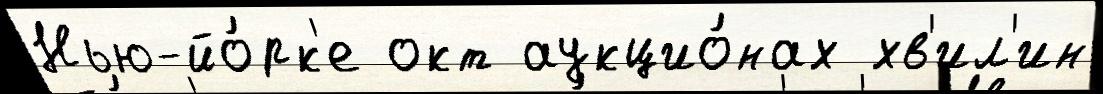
Нью-йо́рк'е окт аукцио́нах хв'ил'ин